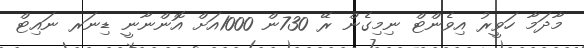
މާދަމާ ހަވީރު އިވެންޓް ނިމިގެން ރޭ 730ން 1000އަށް އޮންނާނީ ޑިނަރ ނައިޓް